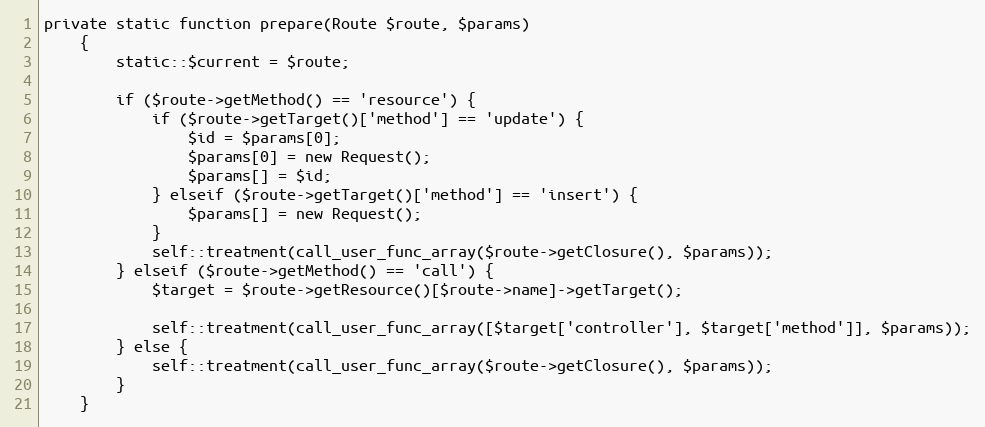
Language: PHP
private static function prepare(Route $route, $params)
    {
        static::$current = $route;

        if ($route->getMethod() == 'resource') {
            if ($route->getTarget()['method'] == 'update') {
                $id = $params[0];
                $params[0] = new Request();
                $params[] = $id;
            } elseif ($route->getTarget()['method'] == 'insert') {
                $params[] = new Request();
            }
            self::treatment(call_user_func_array($route->getClosure(), $params));
        } elseif ($route->getMethod() == 'call') {
            $target = $route->getResource()[$route->name]->getTarget();

            self::treatment(call_user_func_array([$target['controller'], $target['method']], $params));
        } else {
            self::treatment(call_user_func_array($route->getClosure(), $params));
        }
    }